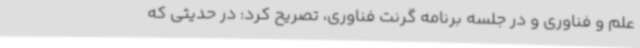
علم و فناوری و در جلسه برنامه گرنت فناوری، تصریح کرد: در حدیثی که